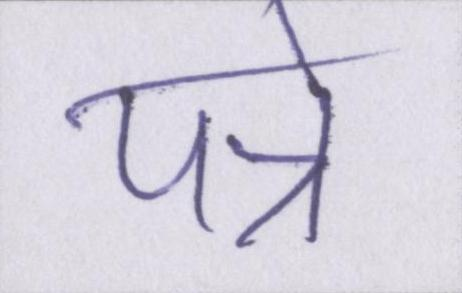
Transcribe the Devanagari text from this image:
पन्ने